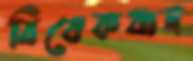
বিবেকবান